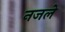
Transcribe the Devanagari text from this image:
नजले